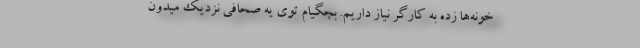
خونه‌ها زده به کارگر نیاز داریم. بچگیام توی یه صحافی نزدیک میدون